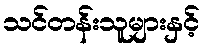
သင်တန်းသူများနှင့်